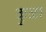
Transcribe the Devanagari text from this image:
कुळा